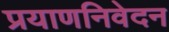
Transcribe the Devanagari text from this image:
प्रयाणनिवेदन